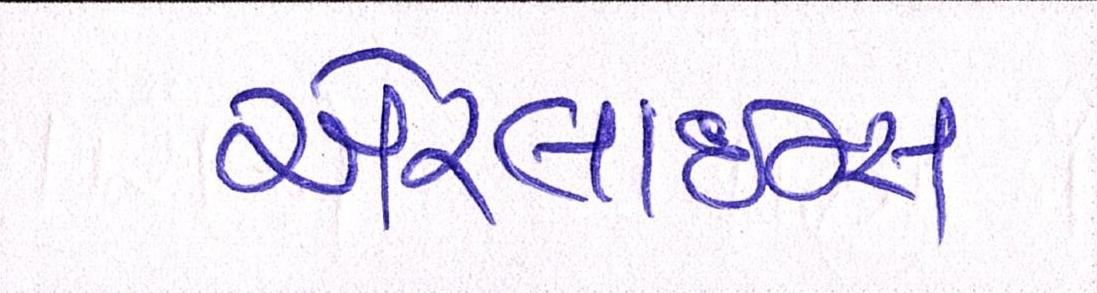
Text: એરલાઇન્સ